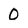
Character: 0